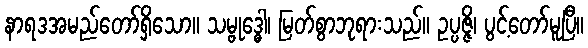
နာရဒအမည်တော်ရှိသော။ သမ္ဗုဒ္ဓေါ၊ မြတ်စွာဘုရားသည်။ ဥပ္ပဇ္ဇိ၊ ပွင့်တော်မူပြီ။